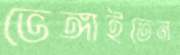
ভেঙ্গাইতেন